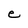
Character: e